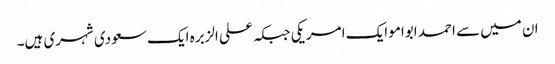
ان میں سے احمد ابوامو ایک امریکی جبکہ علی الزبرہ ایک سعودی شہری ہیں۔